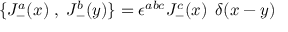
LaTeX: \{ J _ { - } ^ { a } ( x ) \; , \; J _ { - } ^ { b } ( y ) \} = \epsilon ^ { a b c } J _ { - } ^ { c } ( x ) \, \; \delta ( x - y )